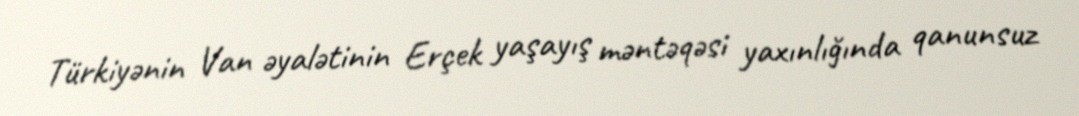
Türkiyənin Van əyalətinin Erçek yaşayış məntəqəsi yaxınlığında qanunsuz